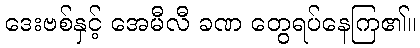
ဒေးဗစ်နှင့် အေမီလီ ခဏ တွေရပ်နေကြ၏။